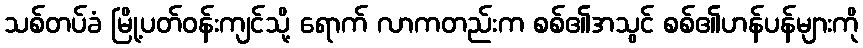
သစ်တပ်ခံ မြို့ပတ်ဝန်းကျင်သို့ ရောက် လာကတည်းက စစ်၏အသွင် စစ်၏ဟန်ပန်များကို